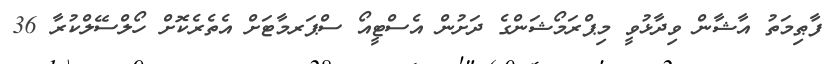
ފާޠިމަތު އާޝާން ވިދާޅުވީ މިޕްރަމޯޝަންގެ ދަށުން އެސްޓީއޯ ސްޕަރމާޓަށް އެތެރެކޮށް ހޯލްސޭލްކުރާ 36